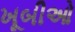
ખૂબીઓ